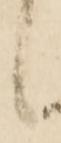
候